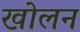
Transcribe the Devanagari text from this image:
खोलन